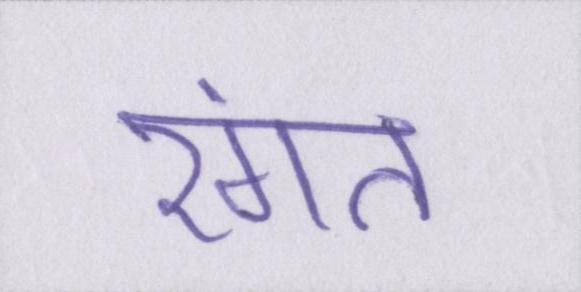
रंगत